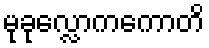
မုခုလ္လောကကောတိ